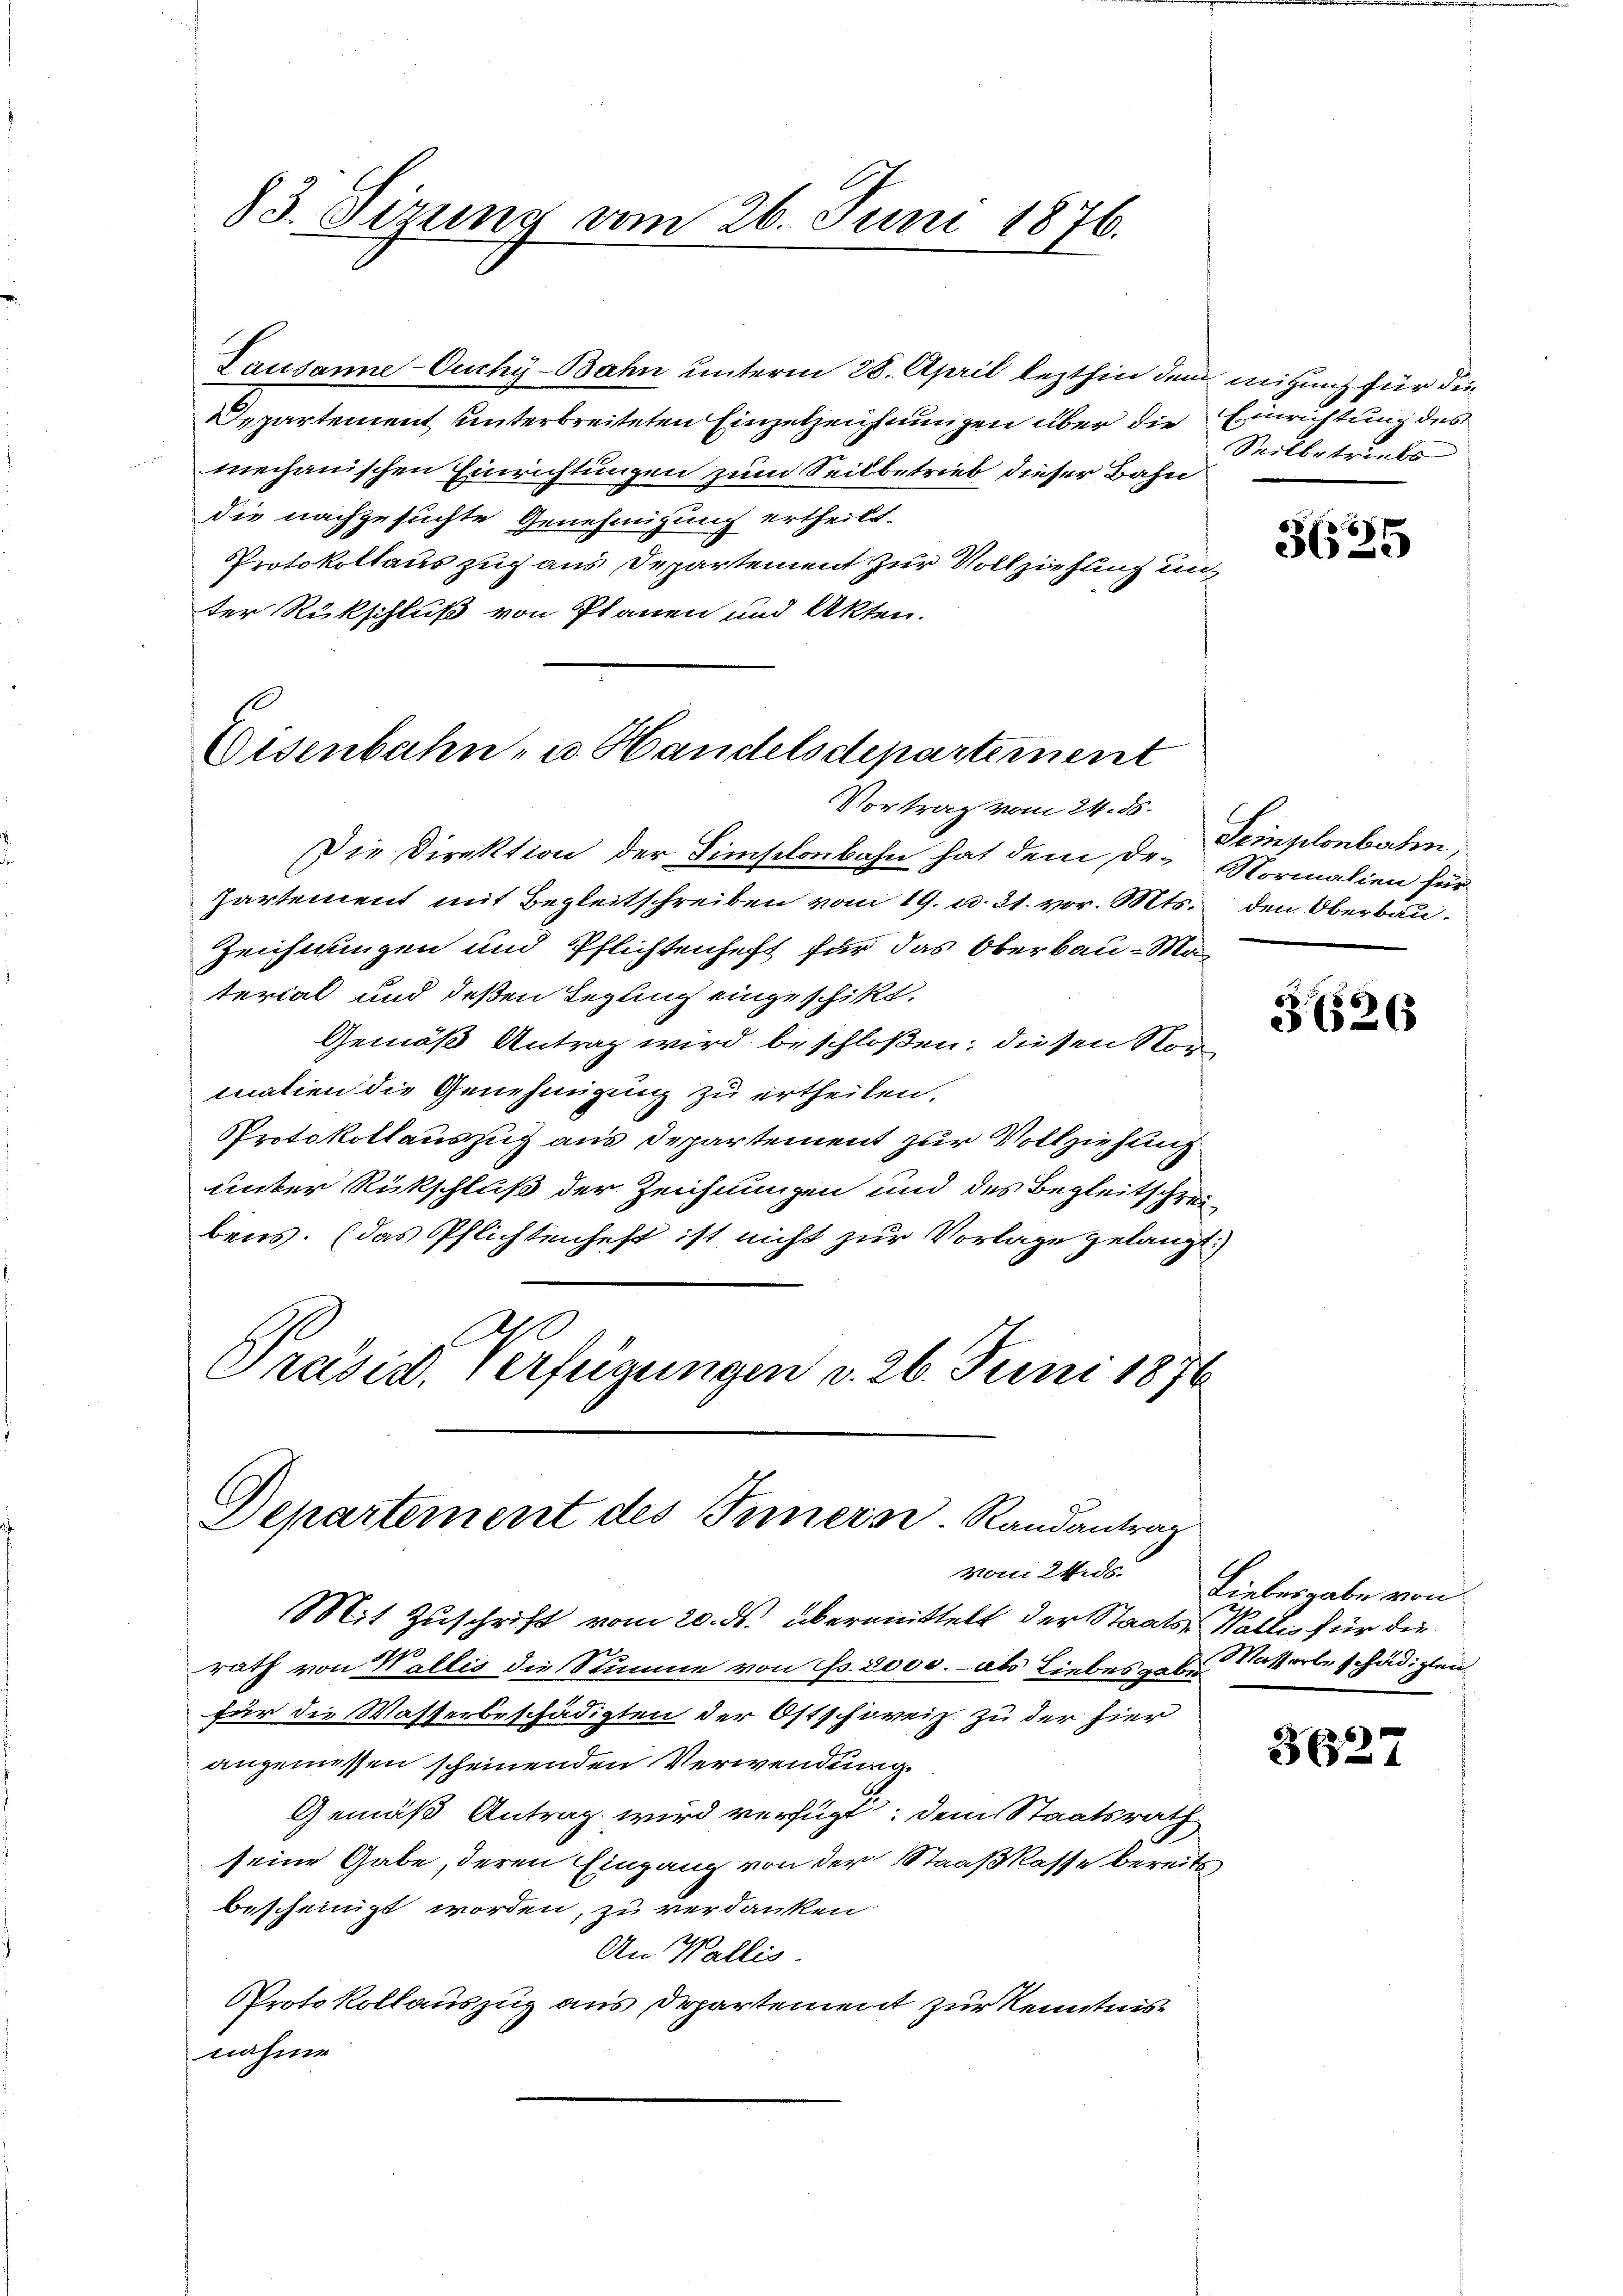
Lausanne-Ouchy-Bahn unterm 28. April lezthin dem mitzung für die
Departement unterbreiteten Einzelzeichnungen über die Einrichtung des
mechanischen Einrichtungen zum Seitbetrieb dieser Bahn
die nachzusuchte Genehmigung ertheilt.
Protokollaus zug aus Departement zur Vollziehung un
ter Rückschluß von Planen und Akten.

83. Sizung vom 26. Juni 1876.

Eisenbahn- u. Handelsdepartement
Vortrag vom 24. ds.

Departement des Inners Randantrag

Die Direktion der Simselonbahn hat dem De-Normalien für
Partement mit Begleitschreiben vom 19. u. 21. vor. Mts. den Oberbau.
Zeichnungen und Pflichtenheft für das Oberbau-Material und deßen Regung eingeschikt.
Gemäß Antrag wird beschloßen; diesen Vormation die Genehmigung zu ertheilen.
Protokollauszug aus Departement zur Vollziehung
unter Rückschluß der Zeichnungen und des Begleitschreibens. (das Pflichtenheft ist nicht zur Vorlage gelangt:
A
Präsid. Verfügungen v. 26. Juni 1876

Seilbetriebs

Mit Zuschrift vom 20. ds. übermittelt der Staats- Wallis für die
rath von Wallis die Stimme von Fr. 3000.- als Liebesgabe. Naterbeschädigten
für die Wasserbeschädigten der Ostschweiz zu der hier
angemessen scheinenden Verwendung.
Gemäß Antrag wird verfügt, dem Staatsrath
seine Gabe, deren Eingang von der Straßkasse bereits
bescheinigt worden, zu verdanken
An Wallis.
Protokollauszug aus Departement zur Kenntnisnahme

)
369

Feingelenbahn,

3626

vom 24. ds. Liebesgabe von

3627